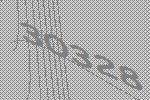
30328